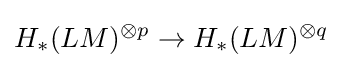
H_{*}(LM)^{\otimes p}\to H_{*}(LM)^{\otimes q}